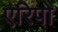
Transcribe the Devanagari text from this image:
एरिपो